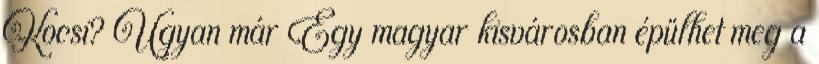
Kocsi? Ugyan már Egy magyar kisvárosban épülhet meg a